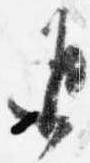
返